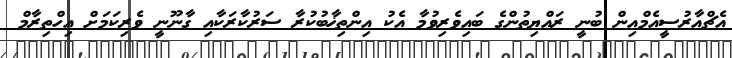
އެޗްއާރުސީއެމްއިން ބުނީ ރައްޔިތުންގެ ބައިވެރިވުމާ އެކު އިންތިޚާބުކުރާ ސަރުކާރަކާއި ގާނޫނީ ވެރިކަމަށް އިހްތިރާމް